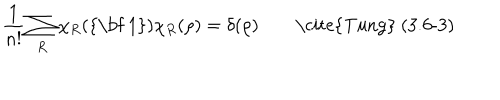
\frac { 1 } { n ! } \sum _ { R } \chi _ { R } ( \mathrm { { \bf ~ 1 } } ) \chi _ { R } ( \rho ) = \delta ( \rho ) \qquad \mathrm { \ c i t e { T u n g } ~ ( 3 . 6 - 3 ) }